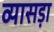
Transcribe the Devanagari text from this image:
व्यासड़ा